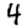
Digit: 4